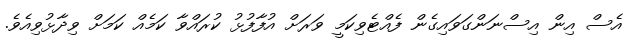
އެސް އިން އިސްނަންގަވައިގެން ފެެއްޓެވިކަމީ ވަރަށް އުފާފުޅު ކުރައްވާ ކަމެއް ކަމަށް ވިދާޅުވިއެވެ.